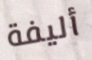
أليفة